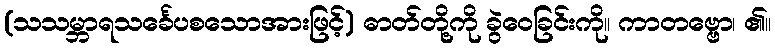
(သသမ္ဘာရသင်္ခေပစသောအားဖြင့်) ဓာတ်တို့ကို ခွဲဝေခြင်းကို။ ကာတဗ္ဗော၊ ၏။